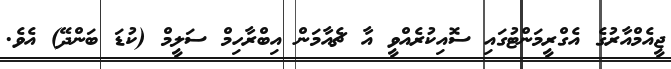
ޖީއެމްއާރުގެ އެގްރީމަންޓުގައި ސޮއިކުރެއްވީ އާ ޗެއާމަން އިބްރާހިމް ސަލީމް (ކުޑަ ބަންދޭ) އެވެ.